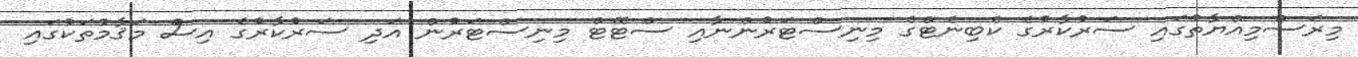
މިރަސްމިއްޔާތުގައި ސަރުކާރުގެ ކެބިނެޓްގެ މިނިސްޓަރުންނާއި ސްޓޭޓް މިނިސްޓަރުން އަދި ސަރުކާރުގެ އިސް މަޤާމުތަކުގައި